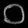
Digit: ၀